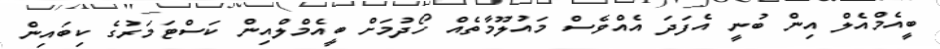
ބީއެމްއެލް އިން ބުނީ އެފަދަ އެއްވެސް މައުލޫމާތެއް ހޯދުމަށް ބީއެމްލްއިން ކަސްޓަމަރުގެ ކިބައިން